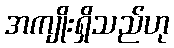
အကျိုးရှိသည်ဟု